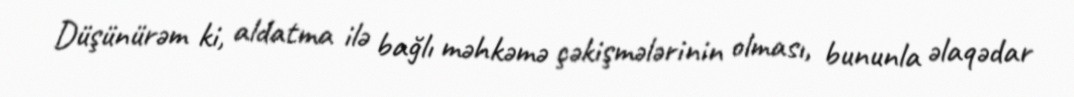
Düşünürəm ki, aldatma ilə bağlı məhkəmə çəkişmələrinin olması, bununla əlaqədar